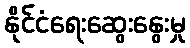
နိုင်ငံရေးဆွေးနွေးမှု